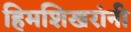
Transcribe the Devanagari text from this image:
हिमशिखरांनी